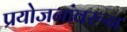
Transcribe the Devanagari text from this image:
प्रयोजनांवरून